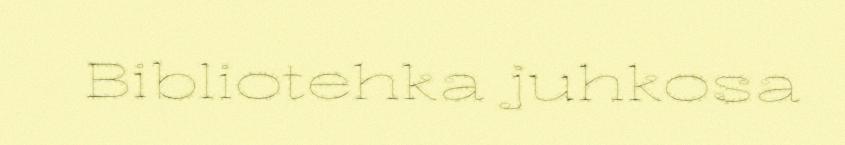
Bibliotehka juhkosa